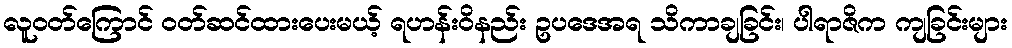
လူဝတ်ကြောင် ဝတ်ဆင်ထားပေးမယ့် ရဟန်းဝိနည်း ဥပဒေအရ သိကာချခြင်း၊ ပါရာဇိက ကျခြင်းများ